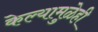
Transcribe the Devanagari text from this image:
केल्यामुळेही